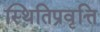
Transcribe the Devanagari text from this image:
स्थितिप्रवृत्ति